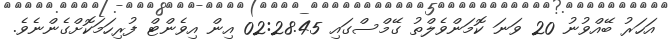
އަހަރު ބޭއްވުނު 20 ވަނަ ކޮމަންވެލްތު ގޭމްސްގައި 02:28.45 އިން އިވެންޓް ފުރިހަމަކޮށްގެންނެވެ.